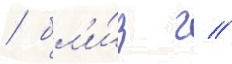
/ бл'и́з г //